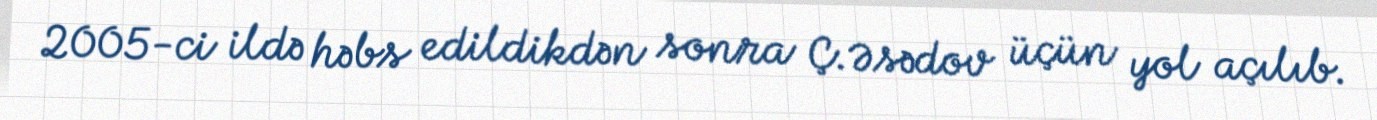
2005-ci ildə həbs edildikdən sonra Ç.Əsədov üçün yol açılıb.